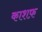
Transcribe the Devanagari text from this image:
काशफ़